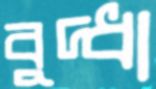
বুদ্ধা